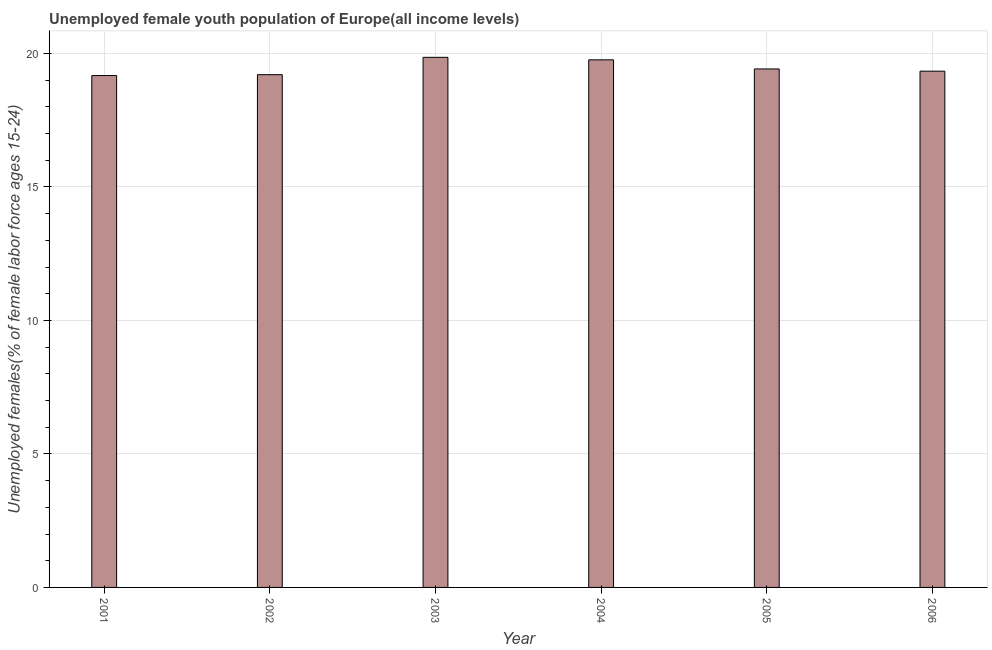
| Year | Unemployment youth female |
 | --- | --- |
 | 2001 | 19.2 |
 | 2002 | 19.2 |
 | 2003 | 19.9 |
 | 2004 | 19.8 |
 | 2005 | 19.4 |
 | 2006 | 19.3 |